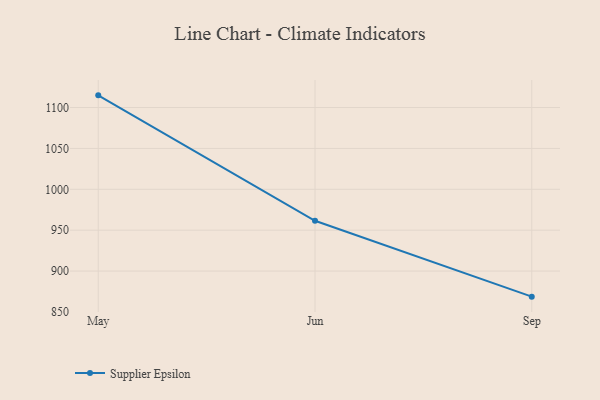
{"axis": {"x": "Month", "y": "Backlog"}, "legend": ["Supplier Epsilon"], "data": [{"x": "May", "y": 1114.9, "type": "Supplier Epsilon"}, {"x": "Jun", "y": 961.5, "type": "Supplier Epsilon"}, {"x": "Sep", "y": 868.7, "type": "Supplier Epsilon"}]}